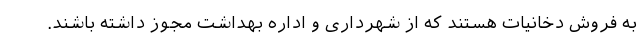
به فروش دخانیات هستند که از شهرداری و اداره بهداشت مجوز داشته باشند.